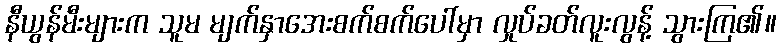
နီယွန်မီးများက သူမ မျက်နှာအေးစက်စက်ပေါ်မှာ လှုပ်ခတ်လူးလွန့် သွားကြ၏။